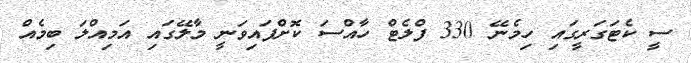
ސީ ކެޓަގަރީގައި ހިމެނޭ 330 ފްލެޓް ހާއްސަ ކޮށްފައިވަނީ މާލޭގައި އަމިއްލަ ބިމެއް